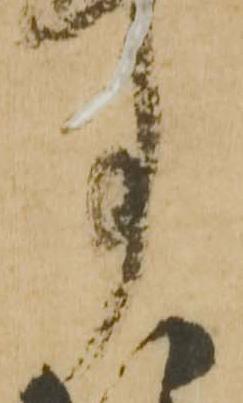
事